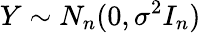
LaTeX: Y\sim N_{n}(0,\sigma^{2}I_{n})